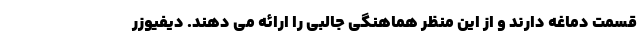
قسمت دماغه دارند و از این منظر هماهنگی جالبی را ارائه می دهند. دیفیوزر